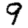
Digit: 9